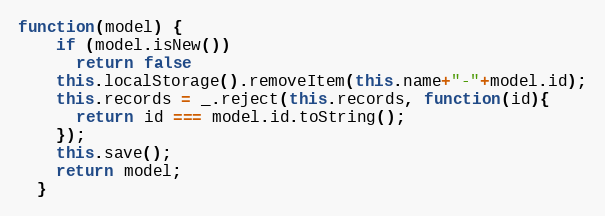
Language: JavaScript
function(model) {
    if (model.isNew())
      return false
    this.localStorage().removeItem(this.name+"-"+model.id);
    this.records = _.reject(this.records, function(id){
      return id === model.id.toString();
    });
    this.save();
    return model;
  }